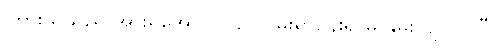
ကြားသူသည် အားရအောင် ငို၍ လွမ်းရာပန်းရာမှ နွမ်းလျလိုပါပြီ။